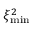
\xi _ { \mathrm { m i n } } ^ { 2 }